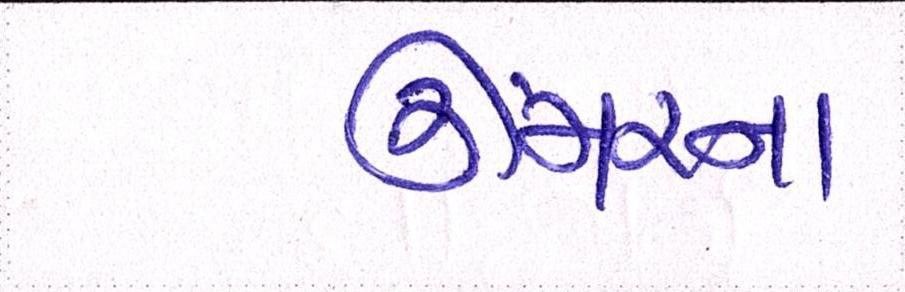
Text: ઉંમરના